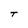
Character: T